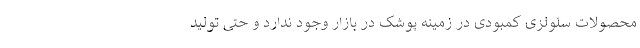
محصولات سلولزی کمبودی در زمینه پوشک در بازار وجود ندارد و حتی تولید